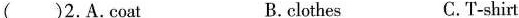
( )2.A.Coat B.clothes C.T-shirt